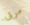
مربى